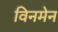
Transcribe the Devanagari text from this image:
विनमेन